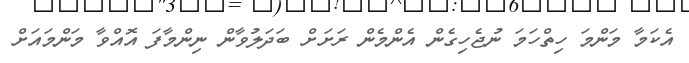
އެކަމާ މަންމަ ހިތްހަމަ ނުޖެހިގެން އެންމެން ރަށަށް ބަދަލުވާން ނިންމާފަ އޮއްވާ މަންމައަށް